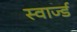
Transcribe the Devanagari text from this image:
स्वार्ज्ड